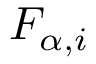
F _ { \alpha , i }